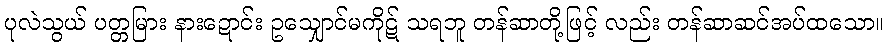
ပုလဲသွယ် ပတ္တမြား နားဍောင်း ဥသျှောင်မကိုဋ် သရဘူ တန်ဆာတို့ဖြင့် လည်း တန်ဆာဆင်အပ်ထသော။